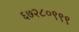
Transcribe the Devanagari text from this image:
६७२८०९९९